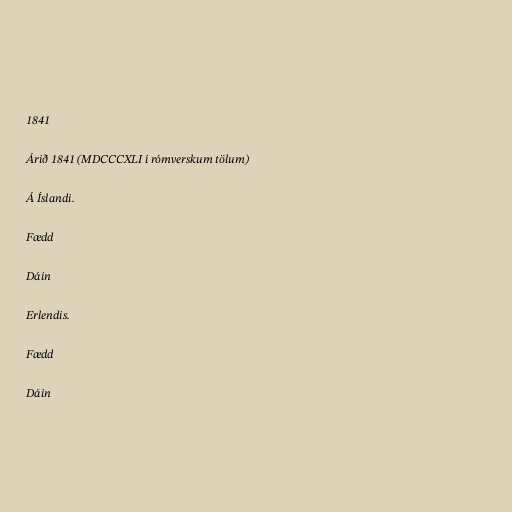
1841

Árið 1841 (MDCCCXLI í rómverskum tölum)

Á Íslandi.

Fædd

Dáin

Erlendis.

Fædd

Dáin